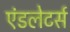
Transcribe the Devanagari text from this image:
एंडलेटर्स